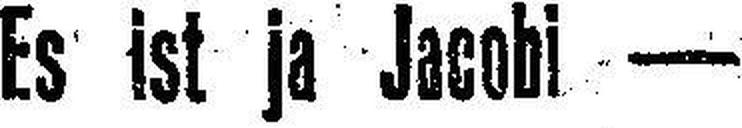
Es ist ja Jacobi —